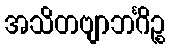
အသိတဗျာဘင်္ဂိဉ္စ